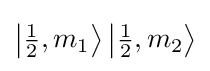
{\textstyle \left|{\frac {1}{2}},m_{1}\right\rangle \left|{\frac {1}{2}},m_{2}\right\rangle }